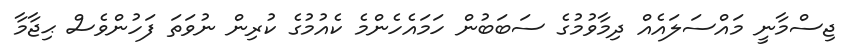
ޖިސްމާނީ މައްސަލައެއް ދިމާވުމުގެ ސަބަބުން ހަމައެހެންމެ ކެއުމުގެ ކުރިން ނުވަތަ ފަހުންވެސް ޙިޖާމާ